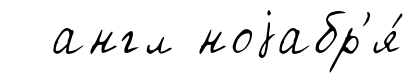
англ ноjабр'я́